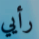
رأيي